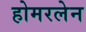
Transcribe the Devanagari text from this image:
होमरलेन